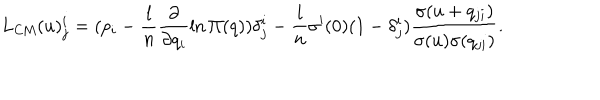
L _ { \mathrm { C M } } ( u ) _ { j } ^ { i } = ( p _ { i } - \frac { l } { n } \frac { \partial } { \partial q _ { i } } \ln \Pi ( q ) ) \delta _ { j } ^ { i } - \frac { l } { n } \sigma ^ { \prime } ( 0 ) ( 1 - \delta _ { j } ^ { i } ) \frac { \sigma ( u + q _ { j i } ) } { \sigma ( u ) \sigma ( q _ { j i } ) } .